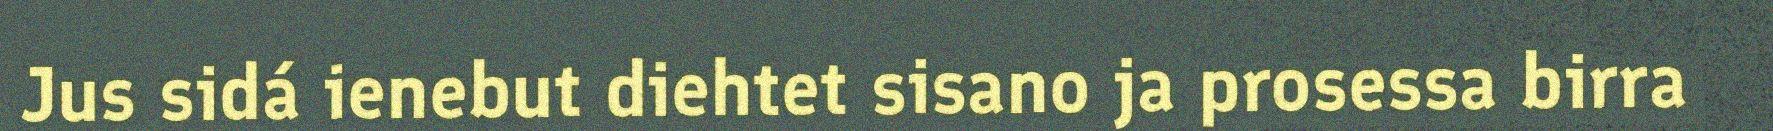
Jus sidá ienebut diehtet sisano ja prosessa birra